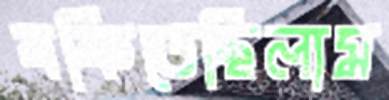
বকিতেছিলাম